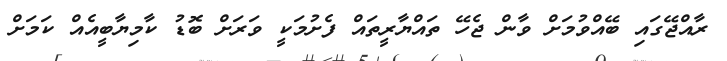
ރާއްޖޭގައި ބޭއްވުމަށް ވާން ޖެހޭ ތައްޔާރީތައް ފެށުމަކީ ވަރަށް ބޮޑު ކާމިޔާބީއެއް ކަމަށް